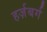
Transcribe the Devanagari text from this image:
हर्ज़बर्ग